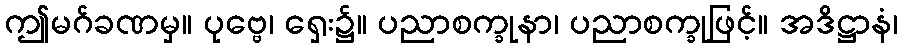
ဤမဂ်ခဏမှ။ ပုဗ္ဗေ၊ ရှေး၌။ ပညာစက္ခုနာ၊ ပညာစက္ခုဖြင့်။ အဒိဋ္ဌာနံ၊